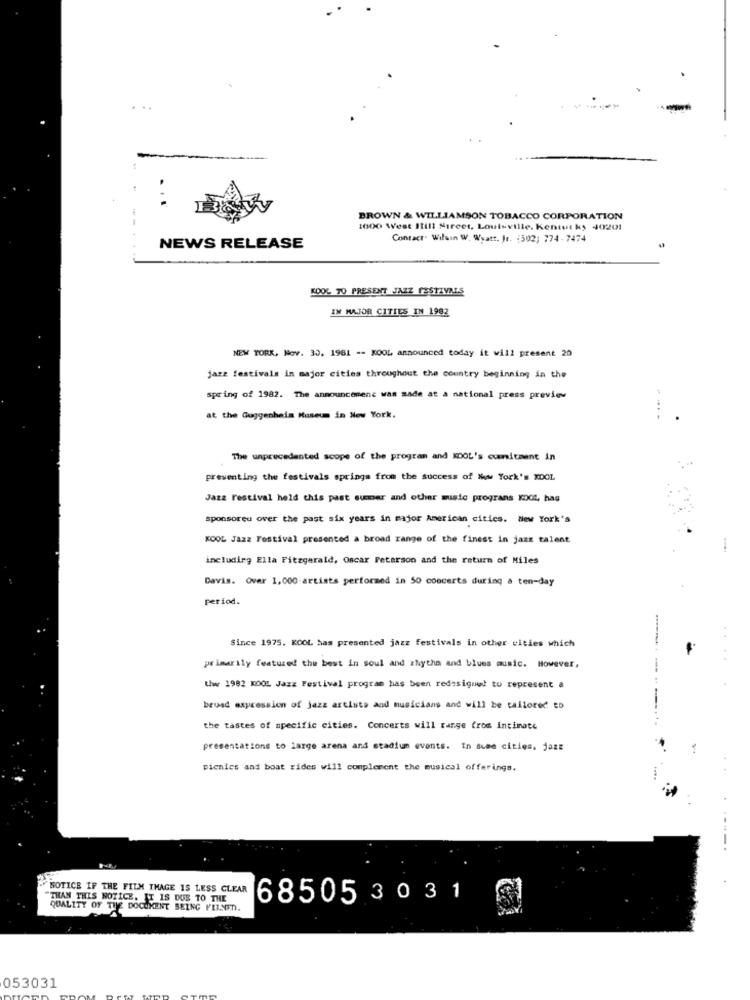
BROWN & WILLIAMSON TOBACCO CORPORATION
1600 West Ill1 Street, Louisville. Kentut ky 40201
Contact. Wilain W. Wyatt, Jr. 1502; 774- 7474
NEWS RELEASE
KOOL TO PRESENT JAZZ FESTIVALS
IN MAJOR CITIES IN 1982
NEW YORK, Nov. 30, 1981 -- KOOL announced today it will present 20
jazz festivals in major cities throughout the country beginning in the
spring of 1982. The announcement was made at a national press preview
at the Guggenheim Museum in New York.
The unprecedented scope of the program and KDOL's commitment in
presenting the festivals springs from the success of New York's KOOL
Jazz Festival held this past summer and other music prograns KDOL, hag
sponsoreu over the past six years in major American cities. New York's
KOOL Jazz Festival presented a broad range of the finest in jazz talent
including Ella Fitzgerald, Oscar Peterson and the return of Miles
Davis. Over 1,000 artists performed in 50 concerts during a ten-day
period.
Since 1975. KOOL has presented jazz festivals in other cities which
primarily featured the best in soul and rhythm and blues music. However,
Www 1982 KOOL Jazz Festival program has been redesigned to represent a
brusd expression of jazz artists and musicians and will be tailored to
the tastes of specific cities. Concerts will range from intimate
presentations to large arena and stadium events. In sume cities, jazz
picnics and boat rides will complement the musical offerings.
NOTICE IF THE FILM THAGE IS LESS CLEAR
THAN THIS NOTICE. IT IS DUE TO THE
68505 3 0 31
QUALITY OF THE DOCUMENT BEING FILNED.
053031